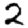
Digit: 2